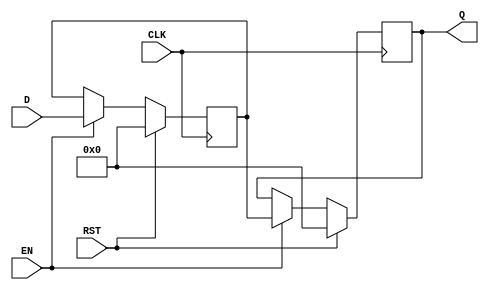
module PipelineBuffer #(
    parameter DATA_WIDTH = 8,         // Data bus width
    parameter DEPTH = 1                // Number of pipeline stages
)(
    input  wire                 CLK,    // Clock signal
    input  wire                 RST,    // Synchronous reset
    input  wire                 EN,     // Enable signal
    input  wire [DATA_WIDTH-1:0] D,    // Data input
    output reg [DATA_WIDTH-1:0] Q     // Data output
);

    // Internal storage for the pipeline buffer
    reg [DATA_WIDTH-1:0] buffer [0:DEPTH-1]; // Buffer for multiple stages

    integer i;

    // Synchronous reset and data transition on clock edge
    always @(posedge CLK) begin
        if (RST) begin
            // Reset the buffer to zero on synchronous reset
            for (i = 0; i < DEPTH; i = i + 1) begin
                buffer[i] <= {DATA_WIDTH{1'b0}};
            end
            Q <= {DATA_WIDTH{1'b0}}; // Clear output
        end 
        else if (EN) begin
            buffer[0] <= D; // Latch input data into the first buffer stage
            for (i = 1; i < DEPTH; i = i + 1) begin
                buffer[i] <= buffer[i - 1]; // Shift data through the pipeline
            end
            Q <= buffer[DEPTH - 1]; // Output the last stage data
        end
    end
endmodule